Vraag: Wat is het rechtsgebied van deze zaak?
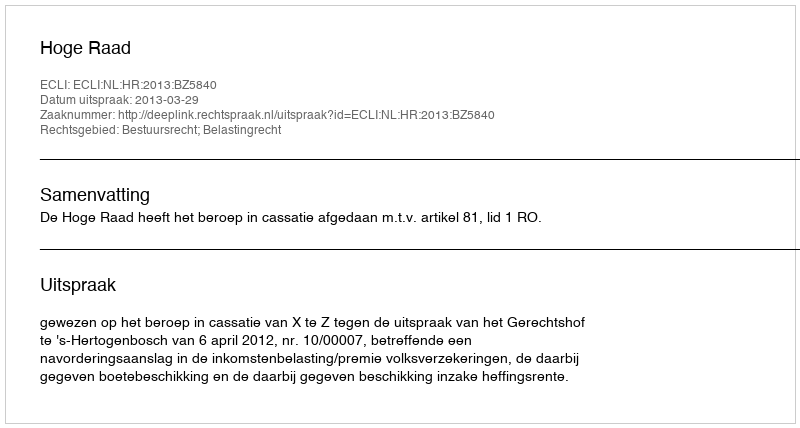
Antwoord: Bestuursrecht; Belastingrecht